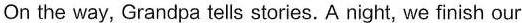
On the way, Grandpa tells stories. A night, we finish our